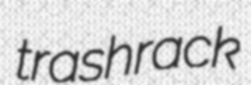
trashrack